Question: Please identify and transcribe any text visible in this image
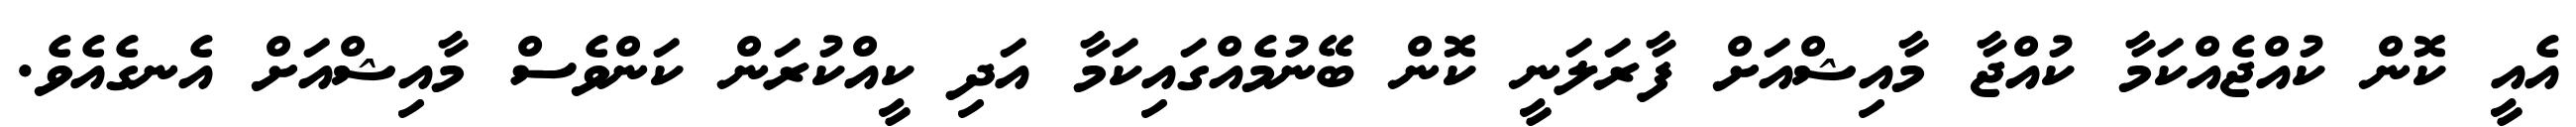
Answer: އެއީ ކޮން ކުއްޖެއްކަމާ ކުއްޖާ މާއިޝްއަށް ފާރަލަނީ ކޮން ބޭނުމެއްގައިކަމާ އަދި ކީއްކުރަން ކަންވެސް މާއިޝްއަށް އެނގެއެވެ.